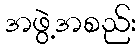
အဖွဲ့အစည်း